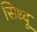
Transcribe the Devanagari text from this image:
सिध्दू